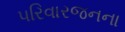
પરિવારજનના